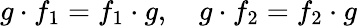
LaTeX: g\cdot f_{1}=f_{1}\cdot g,\quad g\cdot f_{2}=f_{2}\cdot g